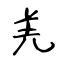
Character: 羌